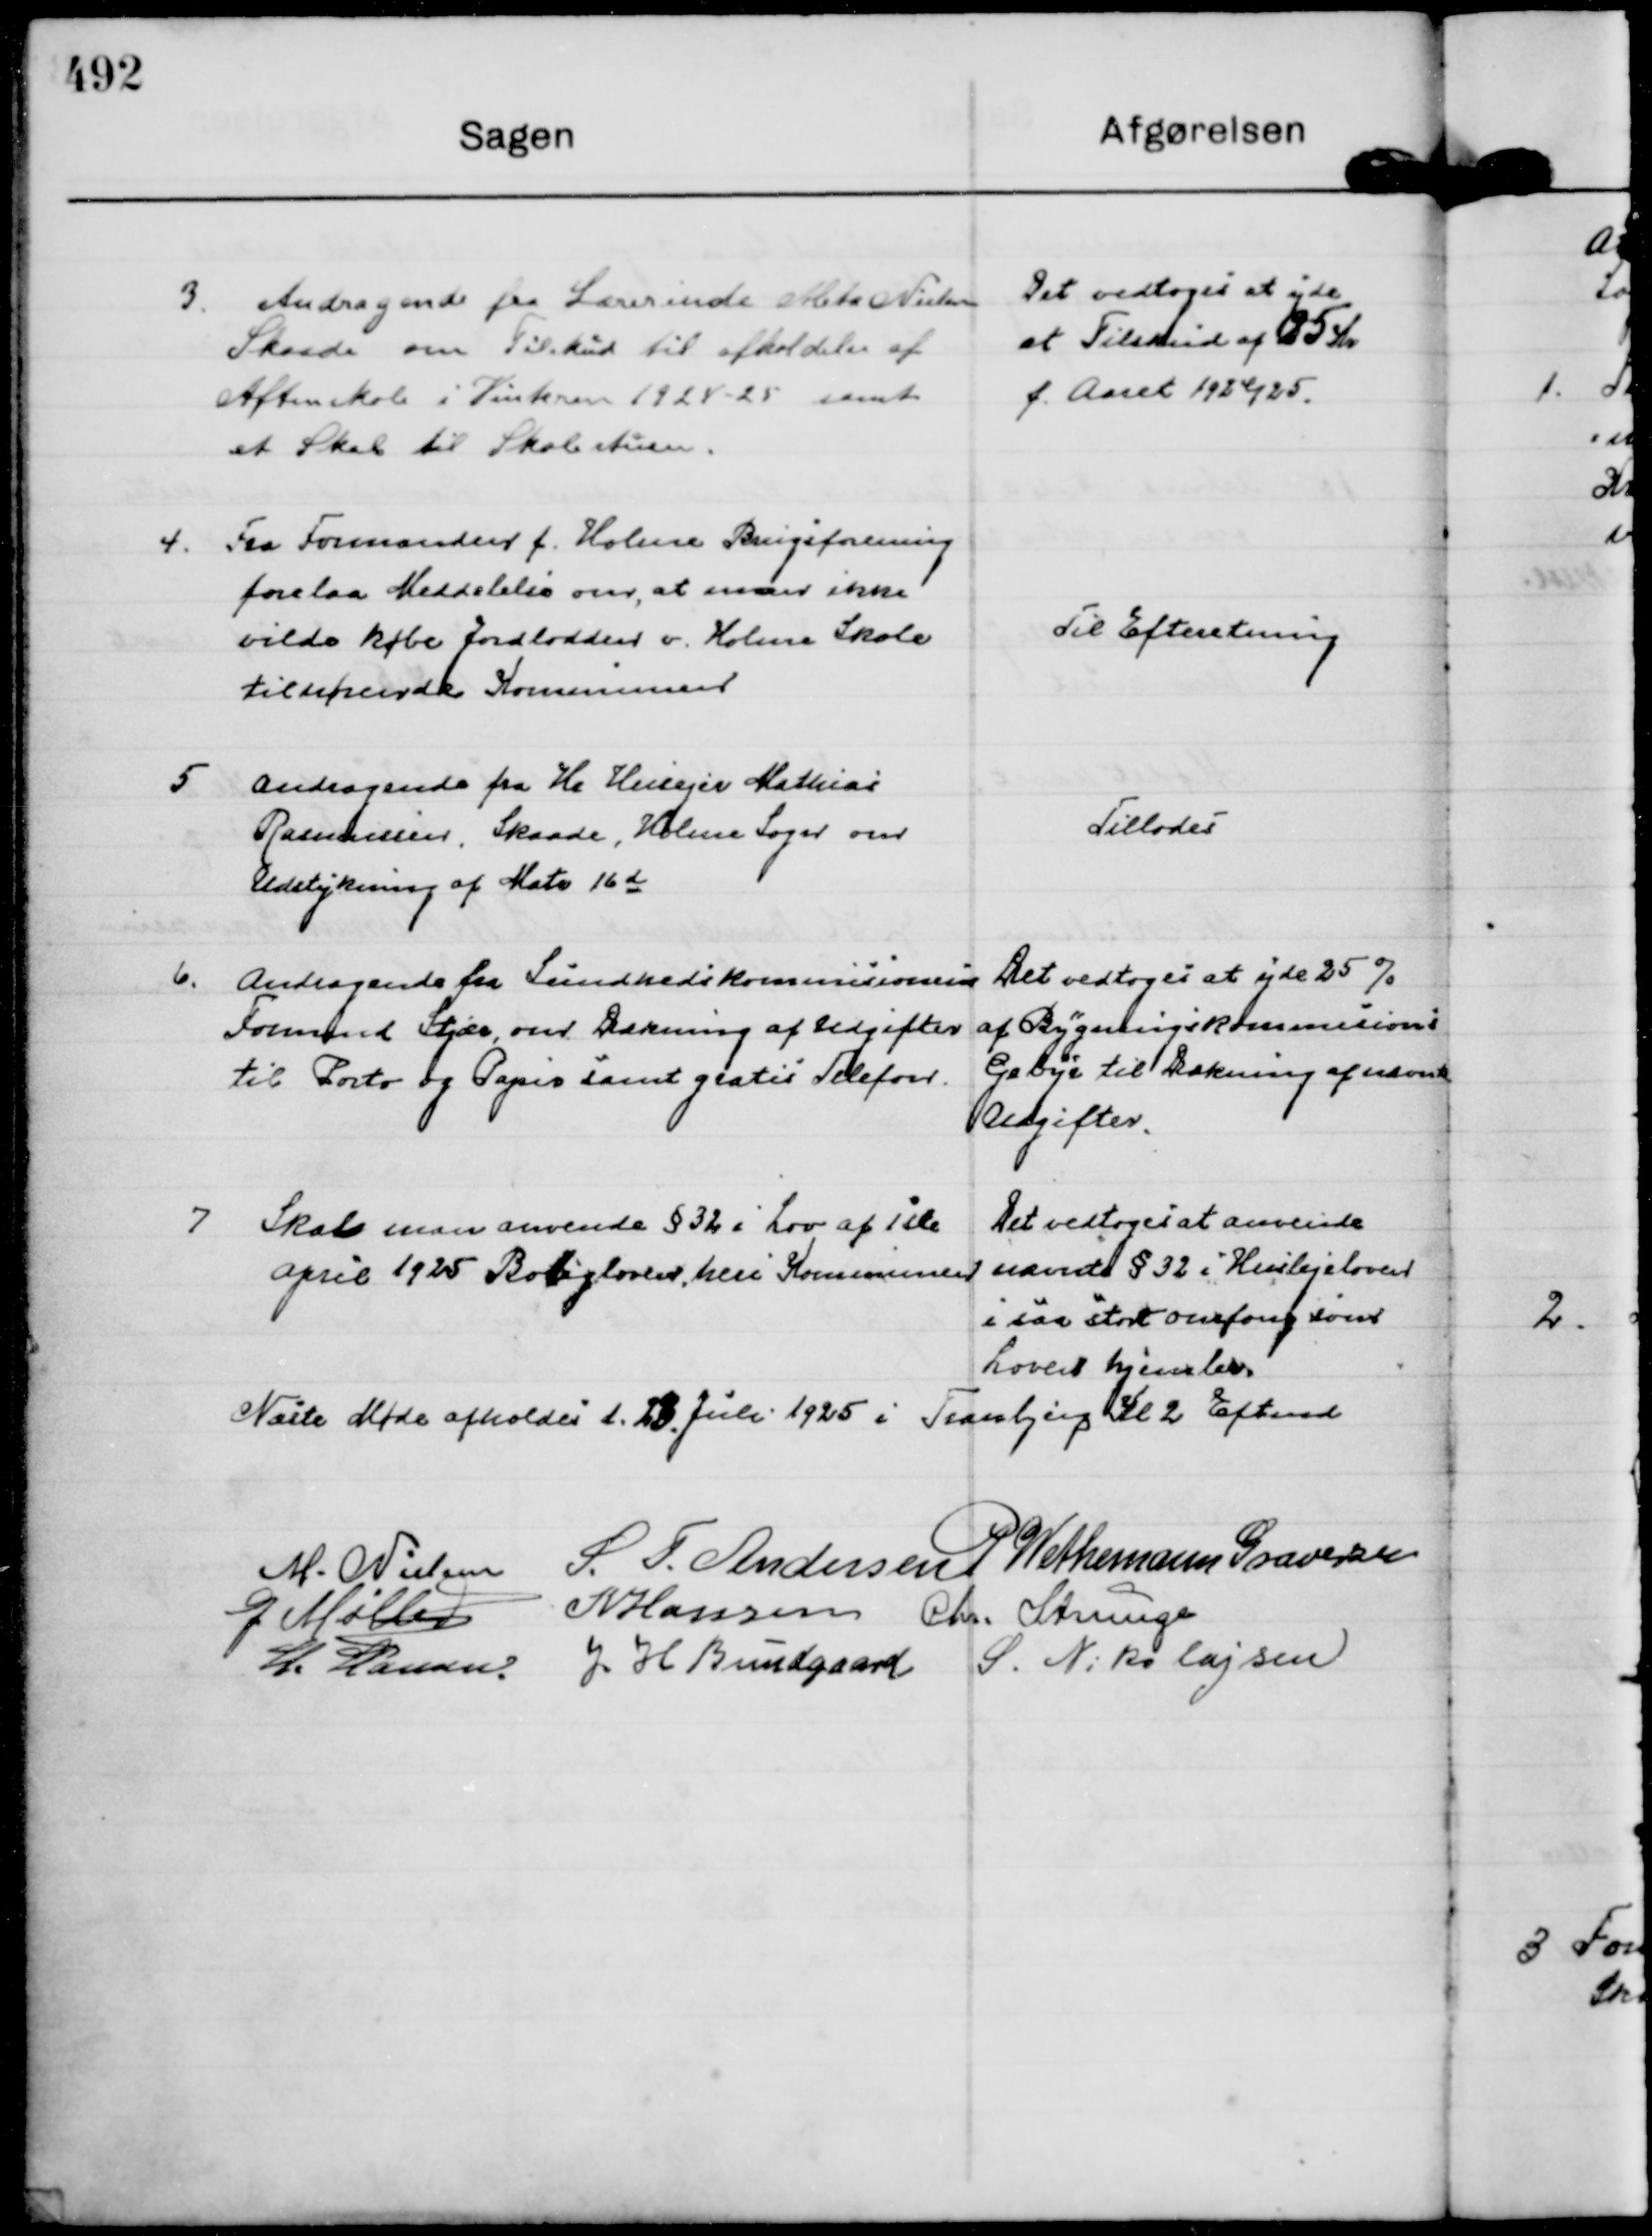
Transskription:
3.
Andragende fra Lærerinde Meta Nielsen
Skaade om Tilskud til afholdelse af
Aftenskole i Vinteren 1924 - 25 samt
et Skab til Skolestuen.

Det vedtoges at yde
et Tilskud af 25 Kr
f. Aaret 1924/25.

4.
Fra Formanden f. Holme Brugsforening
forelaa Meddelelse om, at man ikke
vilde købe Jordlodden v. Holme Skole
tilhørende Kommunen

Til Efteretning

5
Andragende fra Hr Husejer Mathias
Rasmussen, Skaade, Holme Sogn om
Udstykning af Matr 16 d

Tillodes

6.
Andragende fra Sundhedskommisionens
Formand Stjær, om Dækning af Udgifter
til Porto og Papir samt gratis Telefon.

Det vedtoges at yde 25%
af Bygningskommisions
Gebyr til Dækning af nævnte
Udgifter.

7
Skal man anvende § 32 i Lov af 1ste
April 1925 Boliglovene, heri Kommunen

Det vedtoges at anvende
nævnte § 32 i Huslejeloven
i saa stort omfang som
Loven hjemler.

Næste Møde afholdes d. 23. Juli 1925 i Tranbjerg Kl 2 Eftmd

M. Nielsen
S. T. Andersen
P Wethemann Graversen
G Møller
N Hansen
Chr. Strunge
H. Hansen.
J H Bundgaard
S. Nikolajsen